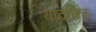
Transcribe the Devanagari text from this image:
याद्रछिक